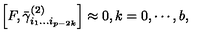
\left[ F , \bar { \gamma } _ { i _ { 1 } \ldots i _ { p - 2 k } } ^ { ( 2 ) } \right] \approx 0 , k = 0 , \cdots , b ,